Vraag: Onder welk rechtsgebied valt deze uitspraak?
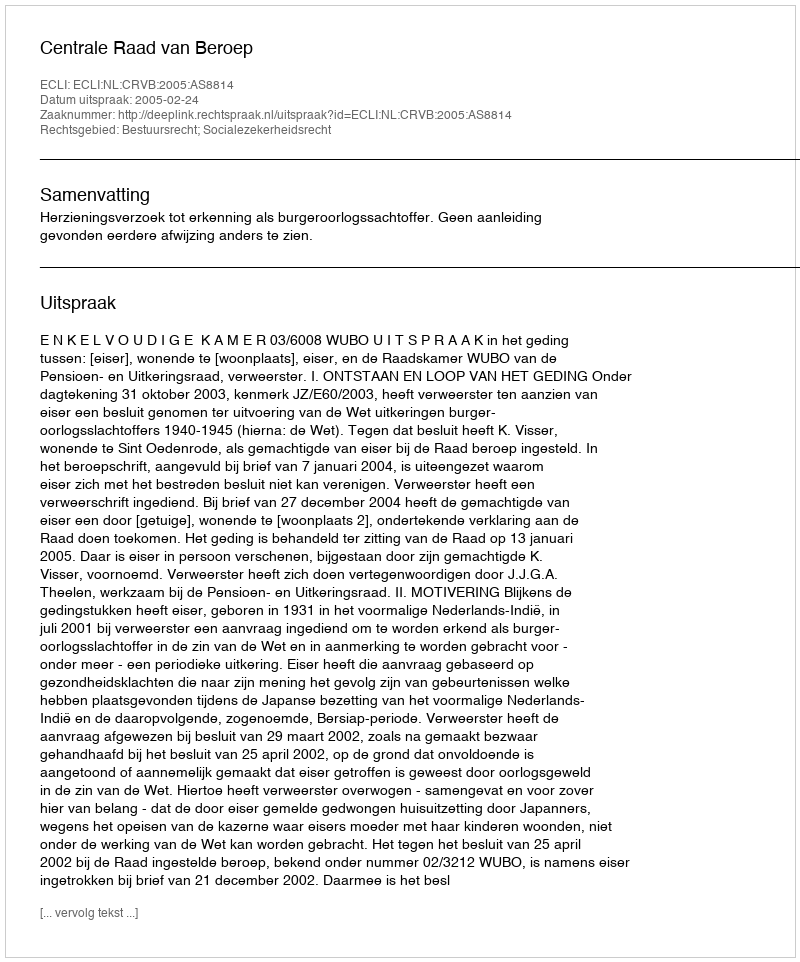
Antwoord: Bestuursrecht; Socialezekerheidsrecht